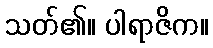
သတ်၏။ ပါရာဇိက။